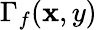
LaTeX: \Gamma_{f}(\mathbf{x},y)